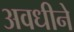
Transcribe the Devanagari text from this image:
अवधीने